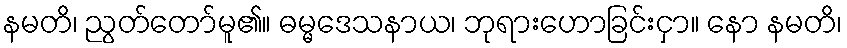
နမတိ၊ ညွတ်တော်မူ၏။ ဓမ္မဒေသနာယ၊ ဘုရားဟောခြင်းငှာ။ နော နမတိ၊